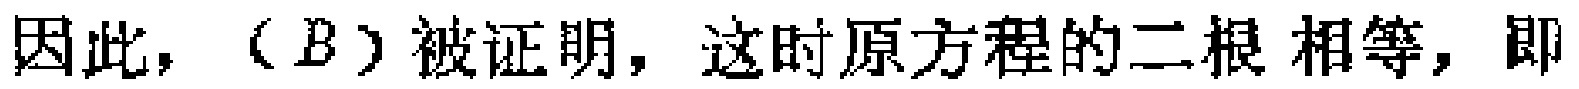
因此，（\(B\)）被证明，这时原方程的二根相等，即